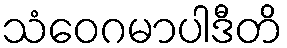
သံဝေဂမာပါဒီတိ